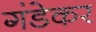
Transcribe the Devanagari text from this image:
गंडेकर